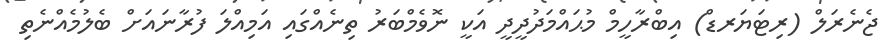
ޖެނެރަލް (ރިޓަޔަރޑް) އިބްރާހީމް މުޙައްމަދުދީދީ އަކީ ނޮވެމްބަރު ތިނެއްގައި އަމިއްލަ ފުރާނައަށް ބެލުމެއްނެތި